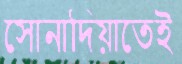
সোনাদিয়াতেই